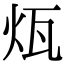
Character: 𤬬